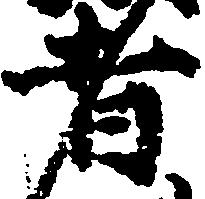
者